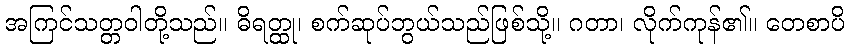
အကြင်သတ္တဝါတို့သည်။ ဓိရတ္ထု၊ စက်ဆုပ်ဘွယ်သည်ဖြစ်သို့။ ဂတာ၊ လိုက်ကုန်၏။ တေစာပိ